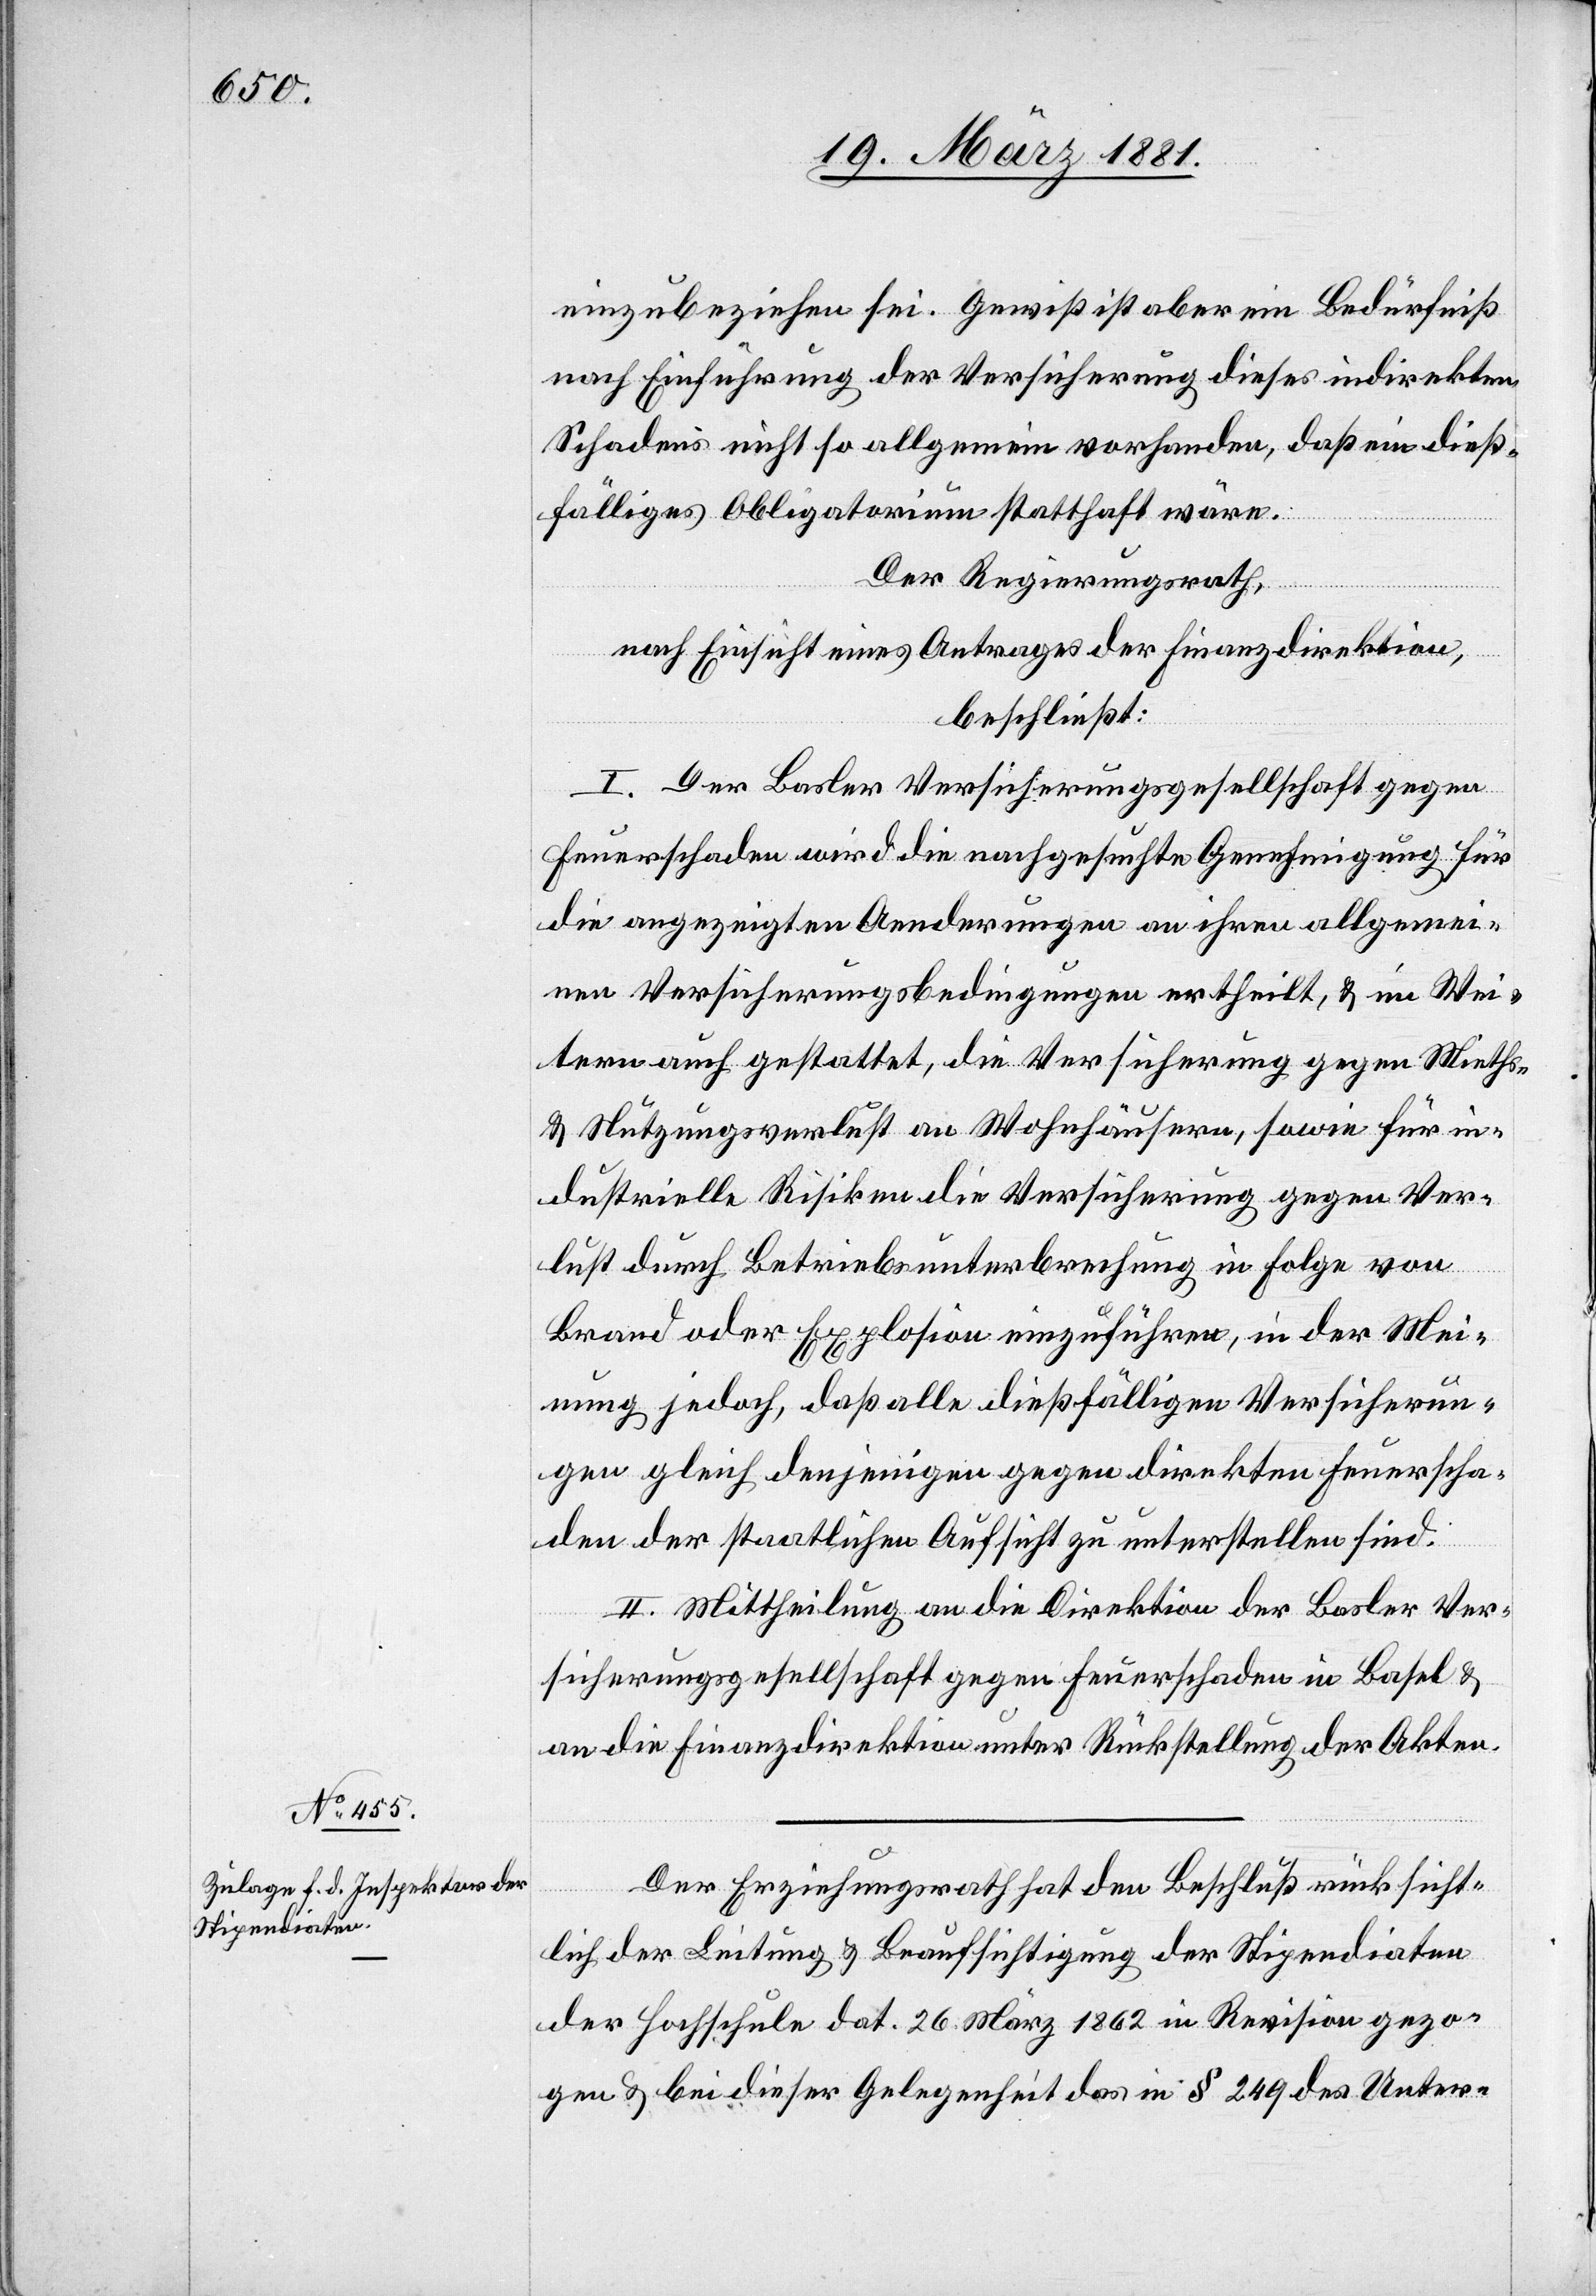
einzubeziehen sei. Gewiß ist aber ein Bedürfniß
nach Einführung der Versicherung dieses indirekten
Schadens nicht so allgemein vorhanden, daß ein dieß¬
fälliges Obligatorium statthaft wäre.
Der Regierungsrath,
nach Einsicht eines Antrages der Finanzdirektion,
beschließt:
I. Der Basler Versicherungsgesellschaft gegen
Feuerschaden wird die nachgesuchte Genehmigung für
die angezeigten Aenderungen an ihren allgemei¬
nen Versicherungsbedingungen ertheilt, & im Wei¬
tern auch gestattet, die Versicherung gegen Mieths-
& Nutzungsverlust an Wohnhäusern, sowie für in¬
dustrielle Risiken die Versicherung gegen Ver¬
lust durch Betriebsunterbrechung in Folge von
Brand oder Explosion einzuführen, in der Mei¬
nung jedoch, daß alle dießfälligen Versicherun¬
gen gleich denjenigen gegen direkten Feuerscha¬
den der staatlichen Aufsicht zu unterstellen sind.
II. Mittheilung an die Direktion der Balser Ver¬
sicherungsgesellschaft gegen Feuerschaden in Basel &
an die Finanzdirektion unter Rückstellung der Akten.
Der Erziehungsrath den Beschluß rücksicht¬
lich der Leitung & Beaufsichtigung der Stipendiaten
der Hochschule dat. 26. März 1862 in Revision gezo¬
gen & bei dieser Gelegenheit das in § 249 des Unter-